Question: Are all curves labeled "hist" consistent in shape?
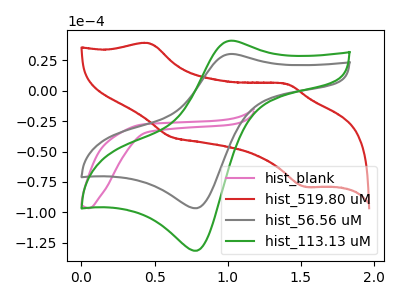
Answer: <think>The pink curve "hist_blank" has no peaks. The red curve "hist_519.80 uM" has anodic peaks at (0.45V, 39.10uA) (1.40V, 5.75uA) and cathodic peaks at (0.60V, -37.65uA) (1.55V, -79.10uA). The gray curve "hist_56.56 uM" has an anodic peak at (1.05V, 30.20uA) and a cathodic peak at (0.80V, -96.60uA). The green curve "hist_113.13 uM" has an anodic peak at (1.05V, 41.15uA) and a cathodic peak at (0.80V, -131.55uA).
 "hist_blank" and "hist_519.80 uM" have a different number of peaks. "hist_blank" and "hist_56.56 uM" have a different number of peaks. "hist_blank" and "hist_113.13 uM" have a different number of peaks. "hist_519.80 uM" and "hist_56.56 uM" have a different number of peaks. "hist_519.80 uM" and "hist_113.13 uM" have a different number of peaks. All the peaks in "hist_56.56 uM" have a peak in "hist_113.13 uM" at the same potential. Every peak in "hist_56.56 uM" is lower than every peak in "hist_113.13 uM".</think>
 <answer>All the CV's of "hist" have similar shape.</answer>
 <eval>follow_rule</eval>